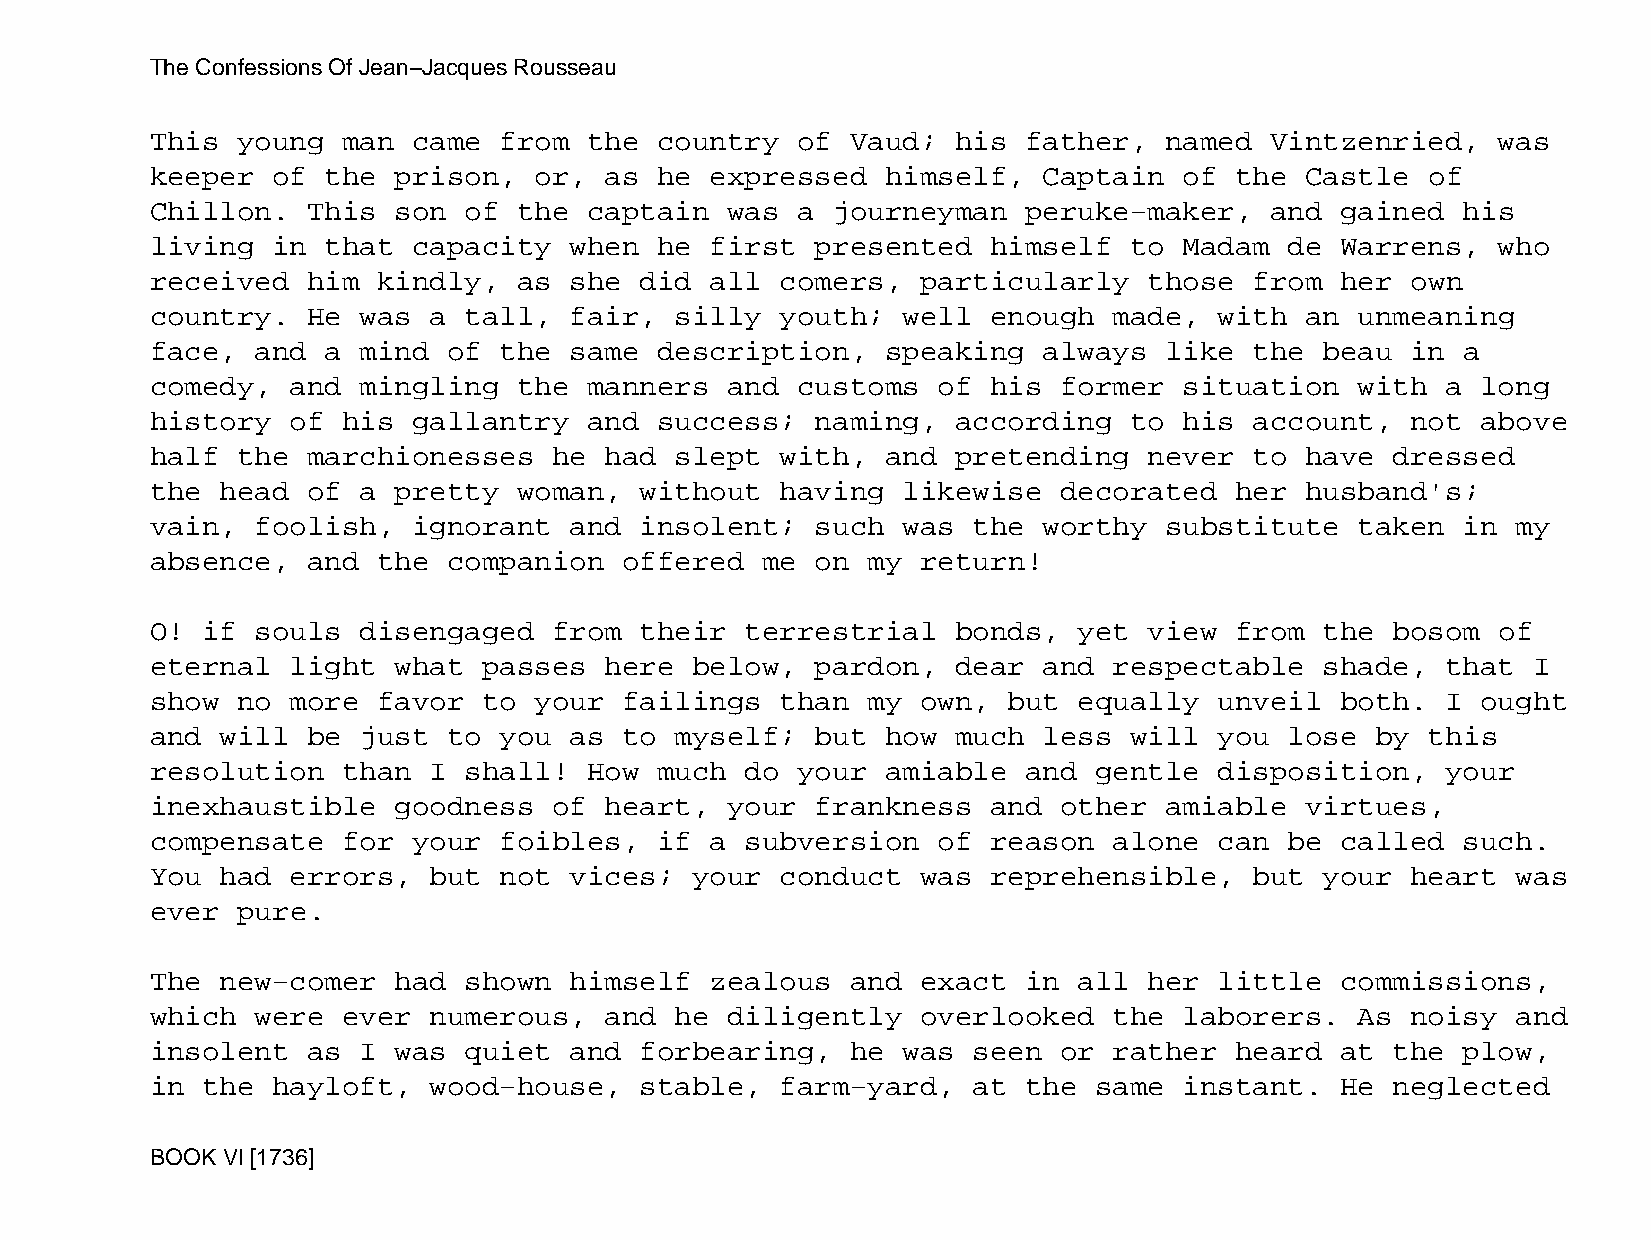
The Confessions Of Jean−Jacques Rousseau
 This  young  man came  from  the  country  of Vaud;  his  father,  named  Vintzenried,   was
 keeper  of  the prison,  or,  as  he expressed   himself,  Captain  of  the Castle   of
 Chillon.  This  son  of the  captain  was  a journeyman   peruke−maker,   and  gained  his
 living  in  that capacity   when  he first  presented   himself  to Madam  de  Warrens,  who
 received  him  kindly,  as  she did  all  comers,  particularly   those  from  her own
 country.  He  was a  tall,  fair,  silly  youth;  well  enough  made,  with an  unmeaning
 face,  and  a mind  of the  same  description,   speaking  always  like  the  beau in  a
 comedy,  and  mingling  the  manners  and  customs  of  his former  situation   with  a long
 history  of  his gallantry   and  success;  naming,  according   to his  account,  not  above
 half  the marchionesses    he had  slept  with,  and pretending   never  to have  dressed
 the  head of  a pretty  woman,  without   having  likewise  decorated   her husband's;
 vain,  foolish,  ignorant   and insolent;   such  was the  worthy  substitute   taken  in my
 absence,  and  the  companion  offered  me  on my  return!
 O! if  souls  disengaged   from their  terrestrial   bonds,  yet  view  from  the bosom  of
 eternal  light  what  passes  here  below,  pardon,  dear  and  respectable   shade,  that I
 show  no more  favor  to your  failings   than my  own,  but equally   unveil  both.  I ought
 and  will be  just  to you  as to  myself;  but  how much  less  will  you lose  by  this
 resolution   than I  shall!  How  much do  your  amiable  and gentle   disposition,   your
 inexhaustible   goodness   of heart,  your  frankness   and other  amiable  virtues,
 compensate   for your  foibles,   if a subversion   of  reason  alone  can be  called  such.
 You  had errors,  but  not  vices;  your  conduct  was  reprehensible,   but  your heart  was
 ever  pure.
 The  new−comer  had  shown  himself  zealous  and  exact  in all  her  little  commissions,
 which  were  ever numerous,   and  he diligently   overlooked   the laborers.   As noisy  and
 insolent  as  I was  quiet  and forbearing,   he  was seen  or  rather  heard  at the  plow,
 in the  hayloft,  wood−house,   stable,   farm−yard,  at  the same  instant.   He neglected
 BOOK VI [1736]